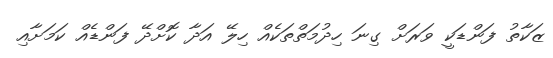
ޒަކާތު ފަންޑަކީ ވަރަށް ގިނަ ހިދުމަތްތަކެއް ހިލޭ އަދާ ކޮށްދޭ ފަންޑެއް ކަމަށާއި